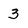
Character: 3